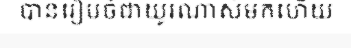
បានរៀបចំជាយូរណាស់មកហើយ